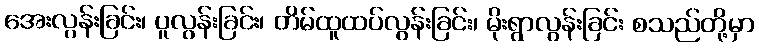
အေးလွန်းခြင်း၊ ပူလွန်းခြင်း၊ တိမ်ထူထပ်လွန်းခြင်း၊ မိုးရွာလွန်းခြင်း စသည်တို့မှာ